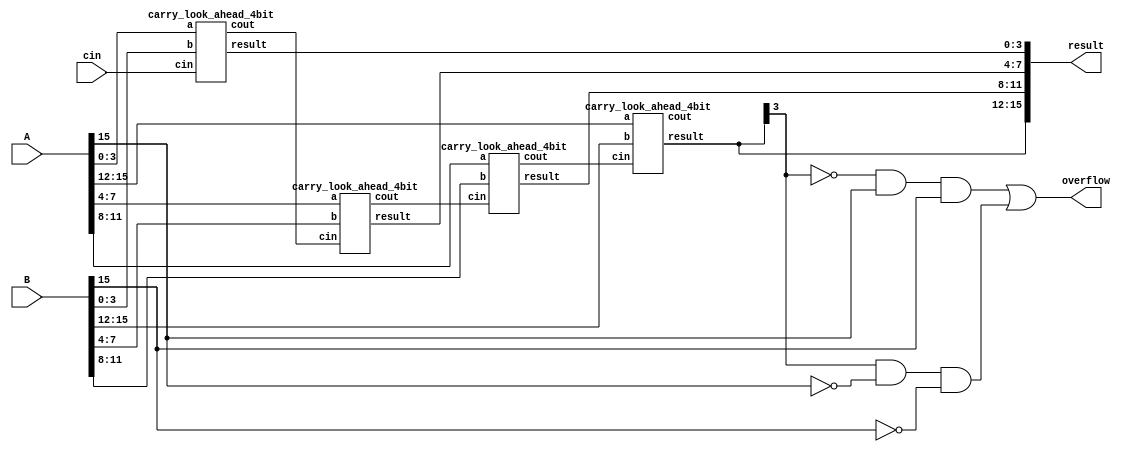
module Add_Sub
#(      
    parameter DATA_WIDTH = 16
 )

(
    input signed[DATA_WIDTH-1 : 0] A,
    input signed[DATA_WIDTH-1 : 0] B,
    output[DATA_WIDTH-1 : 0 ] result,
	output overflow,
	input cin
    
);
wire[DATA_WIDTH /4: 0 ] c;
assign c[0] = cin;

genvar      i;


  generate
    for (i = 0; i < DATA_WIDTH; i = i + 4) 
      begin
	    
        carry_look_ahead_4bit cla1 (.a(A[i+3:i]), .b(B[i+3:i]), .cin(c[((i)/4)]), .result(result[i+3:i]), .cout(c[((i)/4)+1]));
		

      end
  endgenerate
  
assign overflow = (~result[DATA_WIDTH-1]&A[DATA_WIDTH-1]&B[DATA_WIDTH-1])|(result[DATA_WIDTH-1]&(~A[DATA_WIDTH-1])&(~B[DATA_WIDTH-1]));

endmodule
/////////////////////////////////
//4-bit Carry Look Ahead Adder 
// ///////////////////////////////
 
module carry_look_ahead_4bit(a,b, cin, result,cout);

input [3:0] a;
input [3:0] b;
input cin;
output [3:0] result;
output cout;
 
wire [3:0] p,g,c;
 
assign p=a^b;//propagate
assign g=a&b; //generate
 
assign c[0]=cin;
assign c[1]= g[0]|(p[0]&cin);
assign c[2]= g[1] | (p[1]&g[0]) | p[1]&p[0]&cin;
assign c[3]= g[2] | (p[2]&g[1]) | p[2]&p[1]&g[0] | p[2]&p[1]&p[0]&cin;
assign cout= g[3] | (p[3]&g[2]) | p[3]&p[2]&g[1]| p[3]&p[2]&p[1]&g[0] | p[3]&p[2]&p[1]&p[0]&cin;
assign result=p^c;
 
endmodule